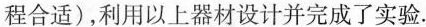
程合适)，利用以上器材设计并完成了实验.